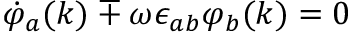
\dot { \varphi } _ { a } ( k ) \mp \omega \epsilon _ { a b } \varphi _ { b } ( k ) = 0